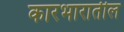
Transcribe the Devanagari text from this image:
कारभारातील